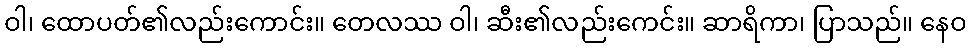
ဝါ၊ ထောပတ်၏လည်းကောင်း။ တေလဿ ဝါ၊ ဆီး၏လည်းကေင်း။ ဆာရိကာ၊ ပြာသည်။ နေဝ